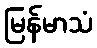
မြန်မာသံ